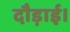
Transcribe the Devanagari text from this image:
दौड़ाई।